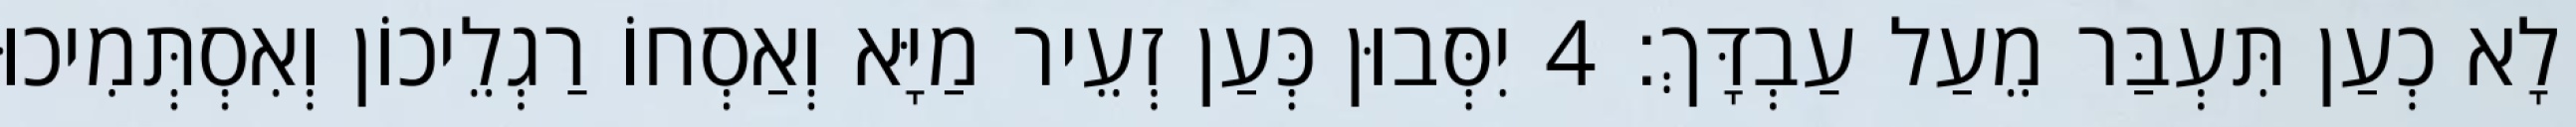
לָא כְעַן תִּעְבַּר מֵעַל עַבְדָּךְ׃ 4 יִסְּבוּן כְּעַן זְעֵיר מַיָּא וְאַסְחוֹ רַגְלֵיכוֹן וְאִסְתְּמִיכוּ